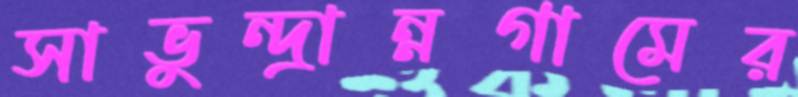
সাভুন্দ্রান্নগামের